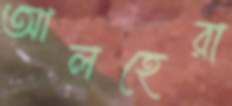
আলহেরা